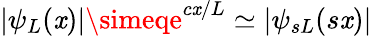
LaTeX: |\psi_{L}(\mathit{x})|\simeqe^{c\mathit{x}/L}\simeq|\psi_{sL}(s\mathit{x})|